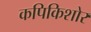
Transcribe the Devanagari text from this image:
कपिकिशोर